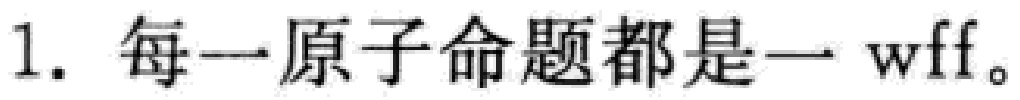
1. 每一原子命题都是一 wff。